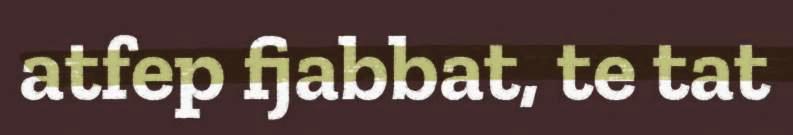
atfep fjabbat, te tat